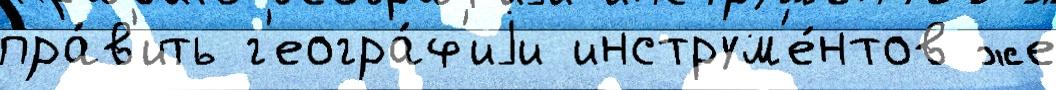
пра́в'ить г'еогра́ф'иjи инструм'е́нтов же